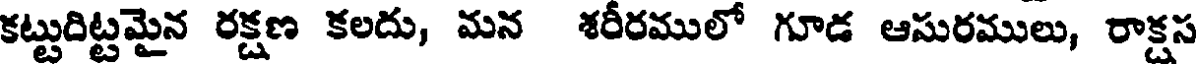
కట్టుదిట్టమైన రక్షణ కలదు, మన శరీరములో గూడ ఆసురములు, రాక్షస